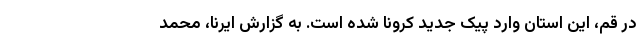
در قم، این استان وارد پیک جدید کرونا شده است. به گزارش ایرنا، محمد